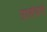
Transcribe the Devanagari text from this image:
उपसंभागों